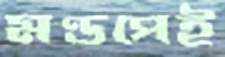
মণ্ডপেই